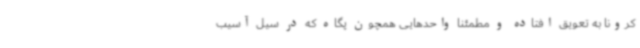
کرونا به تعویق افتاده و مطمئنا واحدهایی همچون پگاه که در سیل آسیب